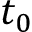
t _ { 0 }